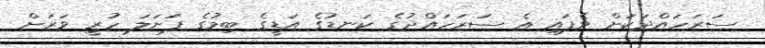
ސަރަހައްދަކަށް ވެފައި އެ ސަރަހައްދުގެ ކަނޑުގެ އަޑީގެ ބިމުގެ ފަށަލަ ހުރީ ވަރަށް